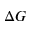
\Delta G